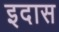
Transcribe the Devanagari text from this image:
इदास